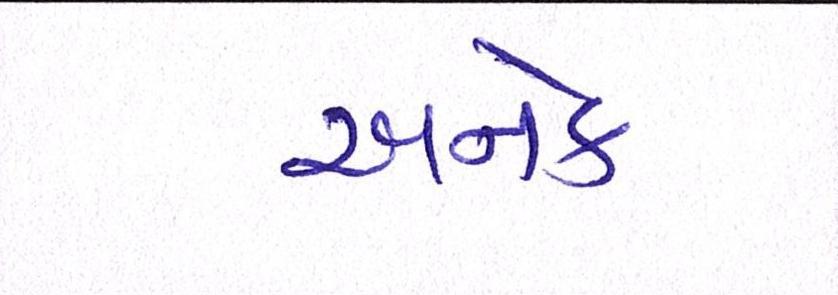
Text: અનેક